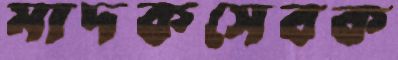
মাদকসেবক